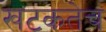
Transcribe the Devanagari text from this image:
खटकतेच